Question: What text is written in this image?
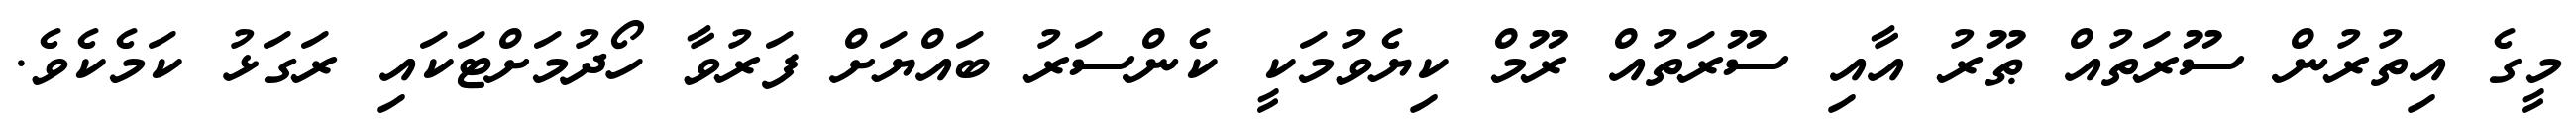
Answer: މީގެ އިތުރުން ސޫރަތުއް ޠޫރު އާއި ސޫރަތުއް ރޫމް ކިޔެވުމަކީ ކެންސަރު ބައްޔަށް ފަރުވާ ހޯދުމަށްޓަކައި ރަގަޅު ކަމެކެވެ.